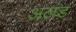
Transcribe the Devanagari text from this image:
अलंड